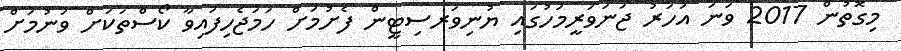
މިގޮތުން 2017 ވަނަ އަހަރު ޖަނަވަރީމަހުގައި ޔުނިވަރސިޓީން ފެށުމަށް ހަމަޖެހިފައިވާ ކޯސްތަކަށް ވަނުމަށް